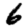
Digit: 6